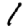
Digit: 1